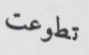
تطوعت